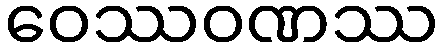
ဝေဿဝဏဿ